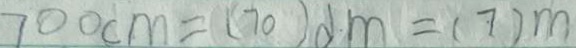
7 0 0 c m = ( 7 0 ) d m = ( 7 ) m